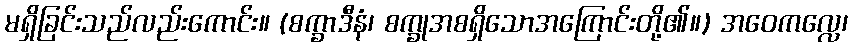
မရှိခြင်းသည်လည်းကောင်း။ (စက္ခာဒီနံ၊ စက္ခုအစရှိသောအကြောင်းတို့၏။) အဝေကလ္လေ၊